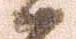
候